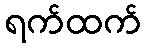
ရက်ထက်